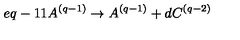
e q - 1 1 A ^ { ( q - 1 ) } \rightarrow A ^ { ( q - 1 ) } + d C ^ { ( q - 2 ) }